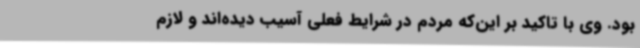
بود. وی با تاکید بر این‌که مردم در شرایط فعلی آسیب دیده‌اند و لازم